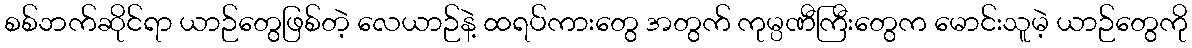
စစ်ဘက်ဆိုင်ရာ ယာဉ်တွေဖြစ်တဲ့ လေယာဉ်နဲ့ ထရပ်ကားတွေ အတွက် ကုမ္ပဏီကြီးတွေက မောင်းသူမဲ့ ယာဉ်တွေကို